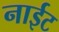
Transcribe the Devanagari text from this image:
नाईट